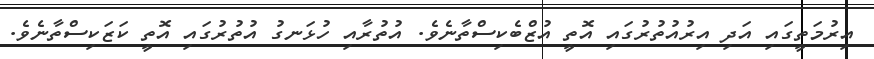
އިރުމަތީގައި އަދި އިރުއުތުރުގައި އޮތީ އުޒްބެކިސްތާނެވެ. އުތުރާއި ހުޅަނގު އުތުރުގައި އޮތީ ކަޒަކިސްތާނެވެ.